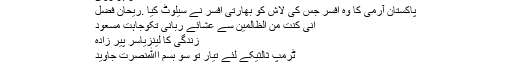
عامر ہزاروی
پاکستان آرمی کا وہ افسر جس کی لاش کو بھارتی افسر نے سیلوٹ کیا .ریحان فضل
انی کنت من الظّالمین سے عشائے ربانی تکوجاہت مسعود
زندگی کا لینزیاسر پیر زادہ
ٹرمپ ثالثیکے لئے تیار تو سو بسم اﷲنصرت جاوید
جن کی قسمیں گھر والے نہیں دیتے!